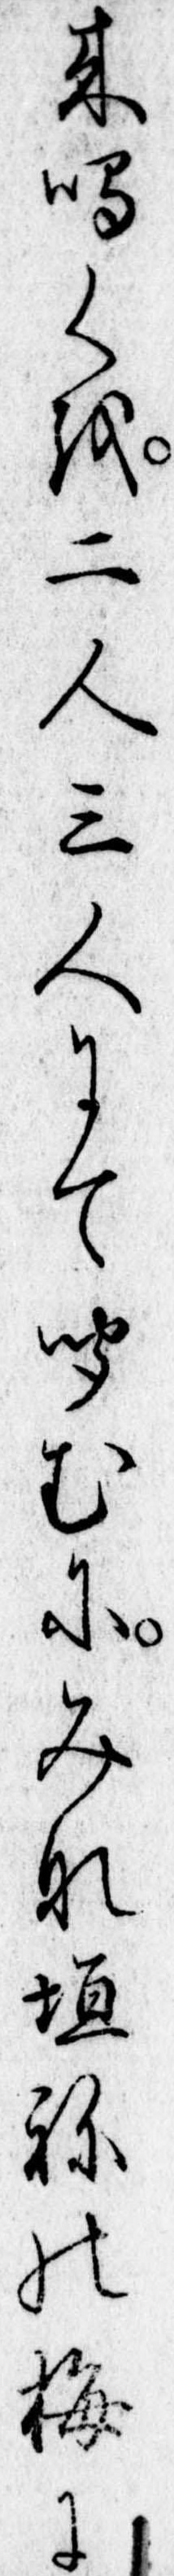
来鳴くを二人三人にて聞むにみな垣ねの梅に